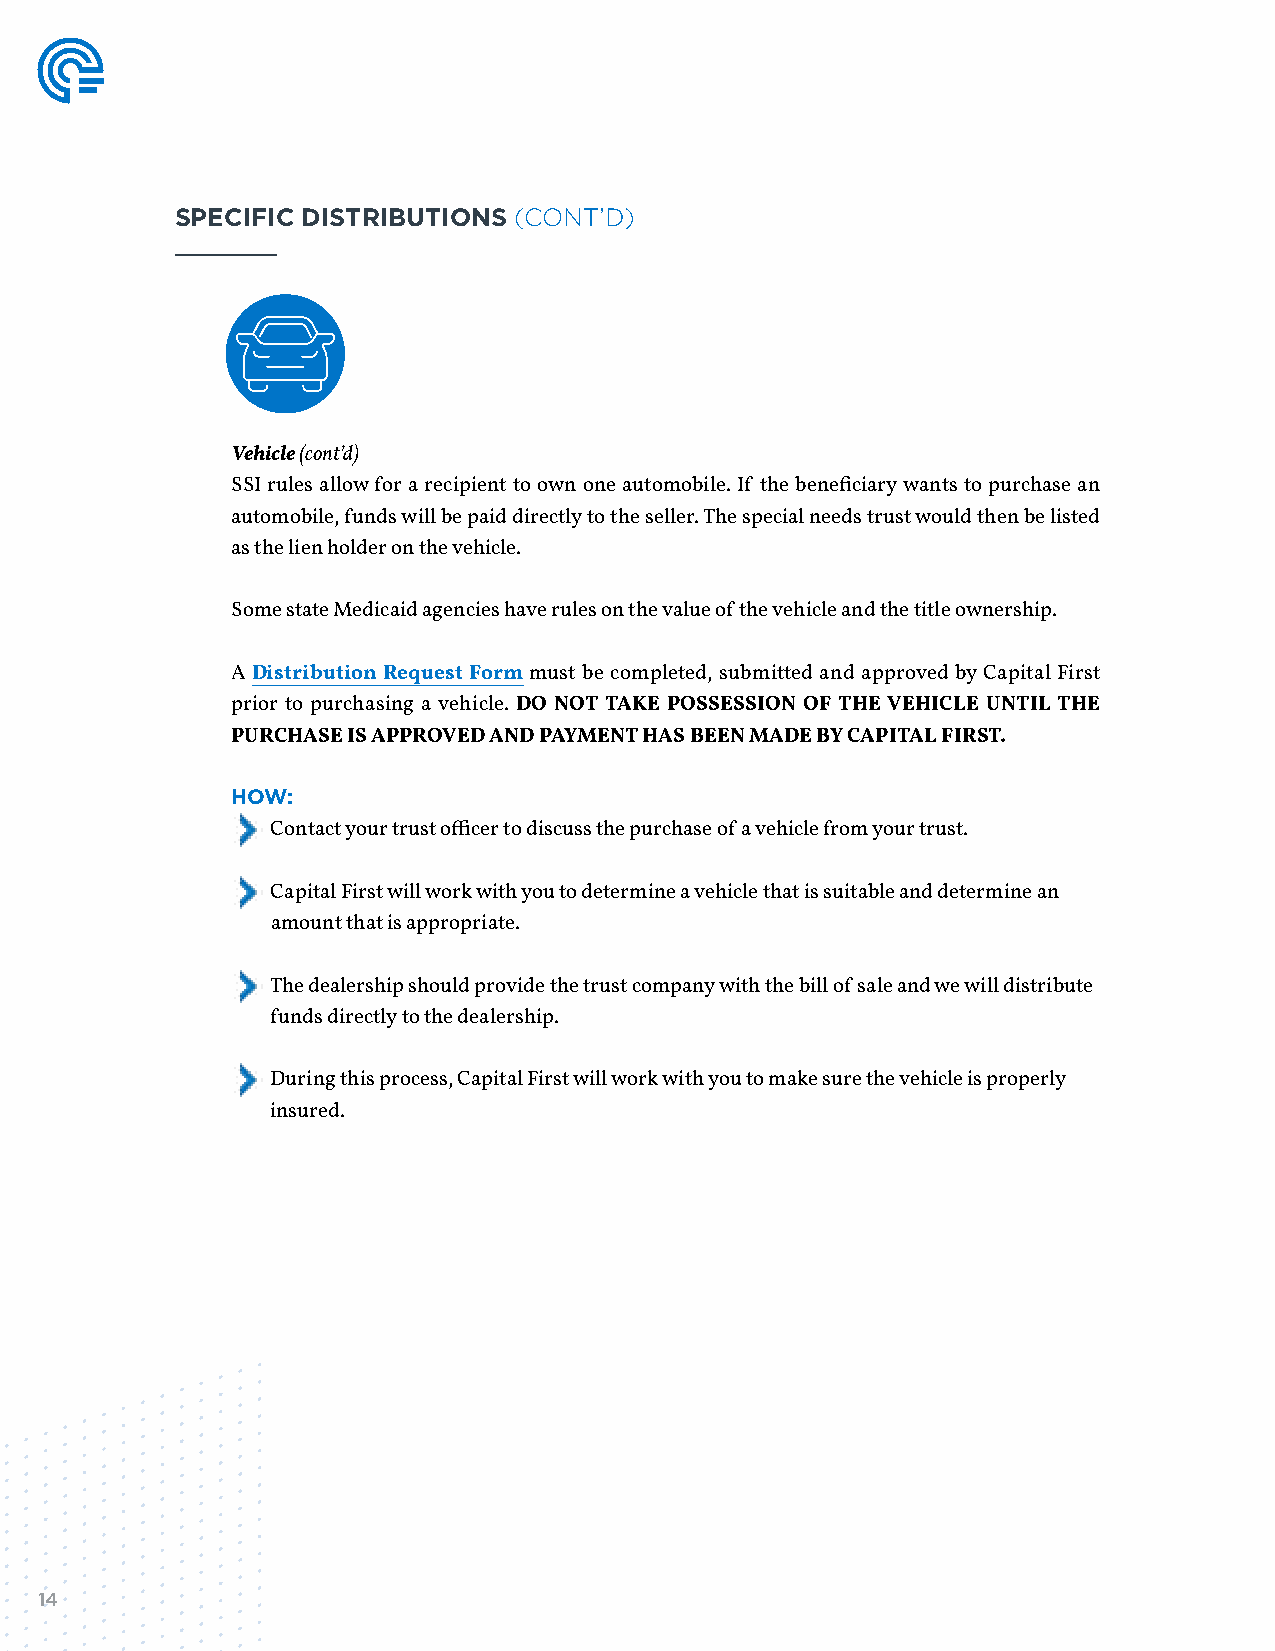
SPECIFIC DISTRIBUTIONS (CONT’D)
 Vehicle (cont’d)
 SSI rules allow for a recipient to own one automobile. If the beneficiary wants to purchase an
 automobile, funds will be paid directly to the seller. The special needs trust would then be listed
 as the lien holder on the vehicle.
 Some state Medicaid agencies have rules on the value of the vehicle and the title ownership.
 A Distribution Request Form must be completed, submitted and approved by Capital First
 prior to purchasing a vehicle. DO NOT TAKE POSSESSION OF THE VEHICLE UNTIL THE
 PURCHASE IS APPROVED AND PAYMENT HAS BEEN MADE BY CAPITAL FIRST.
 HOW:
 Contact your trust officer to discuss the purchase of a vehicle from your trust.
 Capital First will work with you to determine a vehicle that is suitable and determine an
 amount that is appropriate.
 The dealership should provide the trust company with the bill of sale and we will distribute
 funds directly to the dealership.
 During this process, Capital First will work with you to make sure the vehicle is properly
 insured.
 14